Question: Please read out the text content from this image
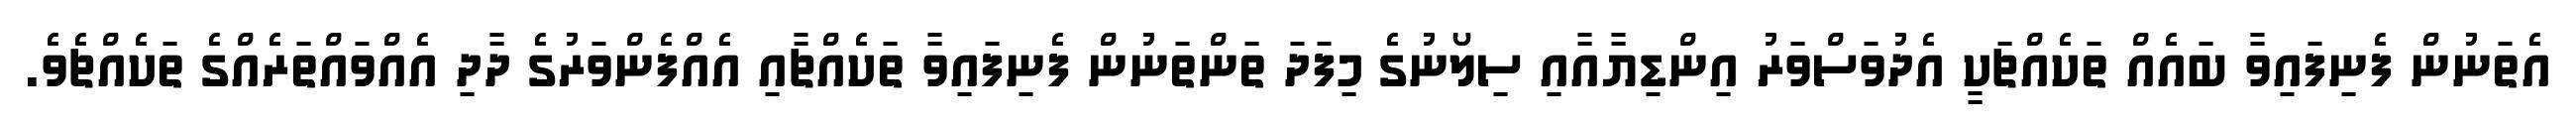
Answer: އެތަނުން ފެނިފައިވާ ބައެއް ތަކެއްޗަކީ އެދުވަސްވަރު އިންޑިޔާއާއި ސިލޯނުގެ މިފަދަ ތަންތަނުން ފެނިފައިވާ ތަކެއްޗާއި އެއްފެންވަރުގެ ދާދި އެއްވައްތަރެއްގެ ތަކެއްޗެވެ.